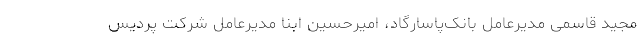
مجید قاسمی مدیرعامل بانک‌پاسارگاد، امیرحسین ابنا مدیرعامل شرکت پردیس